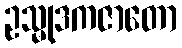
ဥသ္မုဒကဇာတော